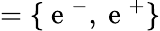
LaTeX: =\lbrace\mathrm{~e~}^{-},\mathrm{~e~}^{+}\rbrace